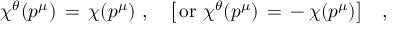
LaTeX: \chi ^ { \theta } ( p ^ { \mu } ) \, = \, \chi ( p ^ { \mu } ) \, \, , \quad \big [ \, \mathrm { o r } \, \, \chi ^ { \theta } ( p ^ { \mu } ) \, = \, - \, \chi ( p ^ { \mu } ) \big ] \quad ,